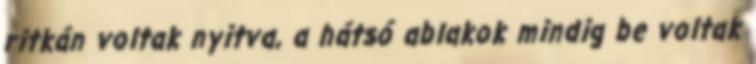
ritkán voltak nyitva, a hátsó ablakok mindig be voltak